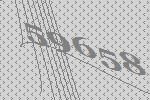
59658